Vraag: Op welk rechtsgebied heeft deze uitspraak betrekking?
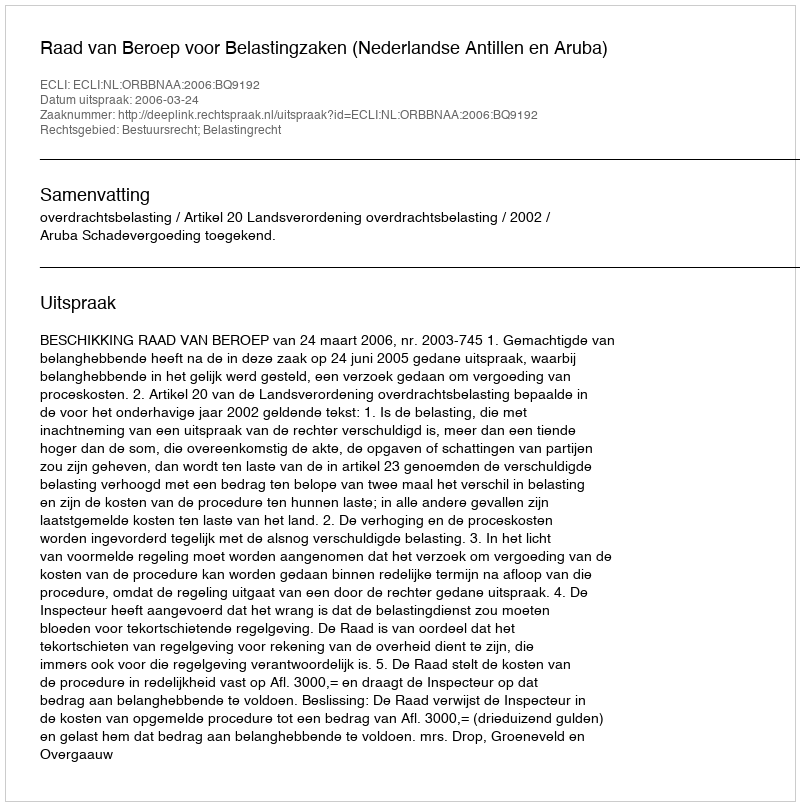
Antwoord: Bestuursrecht; Belastingrecht